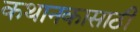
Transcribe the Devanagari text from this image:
कथानकासाठी